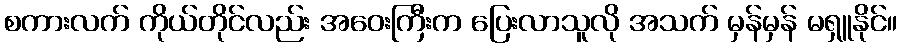
စကားလက် ကိုယ်တိုင်လည်း အဝေးကြီးက ပြေးလာသူလို အသက် မှန်မှန် မရှူနိုင်။